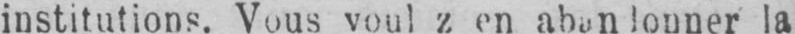
la